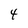
Character: 4